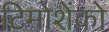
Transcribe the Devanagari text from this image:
टिमोशेंको